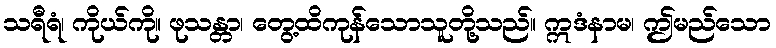
သရီရံ၊ ကိုယ်ကို။ ဖုသန္တာ၊ တွေ့ထိကုန်သောသူတို့သည်။ ဣဒံနာမ၊ ဤမည်သော